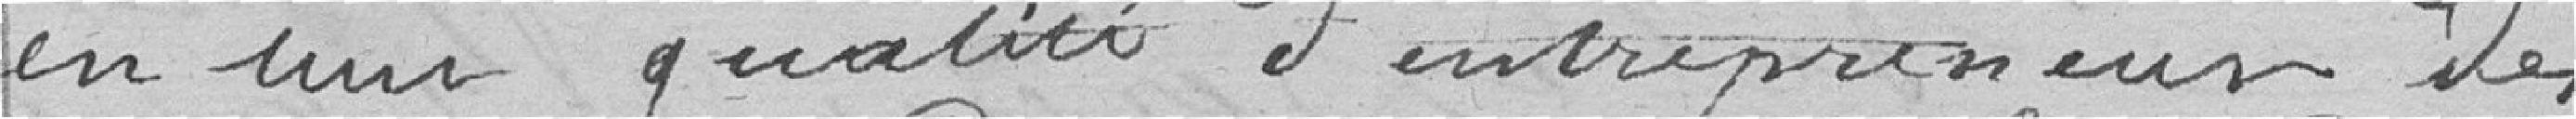
en une qualité d'entrepreneur des